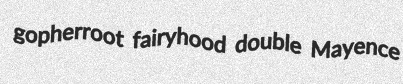
gopherroot fairyhood double Mayence